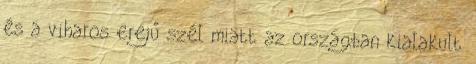
és a viharos erejű szél miatt az országban kialakult